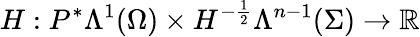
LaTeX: H:P^{\ast}\Lambda^{1}(\Omega)\times H^{-\frac{1}{2}}\Lambda^{n-1}(\Sigma)\to\mathbb{R}